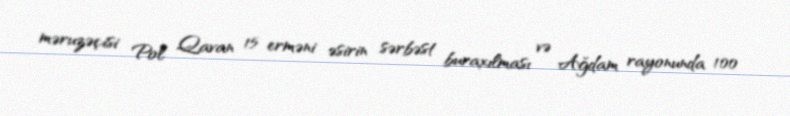
məruzəçisi Pol Qavan 15 erməni əsirin sərbəst buraxılması və Ağdam rayonunda 100